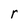
Character: r